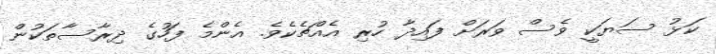
ކަޅު ސަޔަކީ ވެސް ވަރަށް ފައިދާ ހުރި އެއްޗެކެވެ. އެންމެ ފަހުގެ ދިރާސާތަކުން